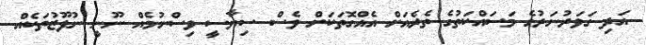
އަދި ގަވަރުނަރުގެ މަސައްކަތުގެ ތެރެއަށް އެއްގޮތަކަށް ވެސް ސިޔާސީ ވިސްނުމެއް ނޫނީ ނުފޫޒުތަކެއް